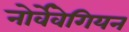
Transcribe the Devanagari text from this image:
नोर्वेवेगियन